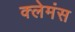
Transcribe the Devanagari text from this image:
क्लेमंस